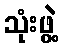
သုံးဖွဲ့